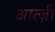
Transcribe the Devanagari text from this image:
आत्ज़ी